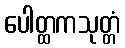
ပေါတ္ထကသုတ္တံ